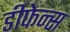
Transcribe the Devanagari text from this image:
डीफेन्स